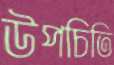
উপচিতি